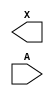
module sky130_fd_sc_hvl__probec_p (
    X,
    A
);

    output X;
    input  A;

    // Voltage supply signals
    supply1 VPWR;
    supply0 VGND;
    supply1 VPB ;
    supply0 VNB ;

endmodule